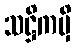
သဋ္ဌိကမှိ